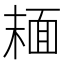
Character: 𩈘